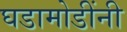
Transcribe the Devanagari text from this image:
घडामोडींनी